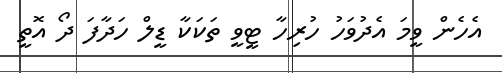
އެހެން ވީމަ އެދުވަހުު ހުރިހާ ޓީވީ ތަކަކާ ޑީލް ހަދާފަ ދޯ އޮތީ